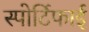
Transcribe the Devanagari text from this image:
स्पोर्टिफाई